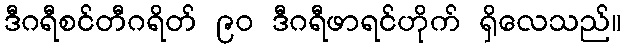
ဒီဂရီစင်တီဂရိတ် ၉၀ ဒီဂရီဖာရင်ဟိုက် ရှိလေသည်။